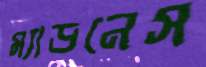
ম্যাডনেস